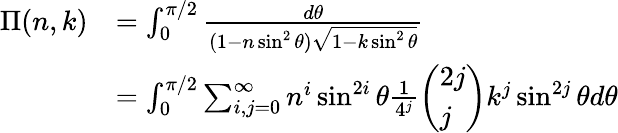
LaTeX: \begin{array}{rl}{\Pi(n,k)}&{=\int_{0}^{\pi/2}\frac{d\theta}{(1-n\sin^{2}\theta)\sqrt{1-k\sin^{2}\theta}}}\\ &{=\int_{0}^{\pi/2}\sum_{i,j=0}^{\infty}n^{i}\sin^{2i}\theta\frac{1}{4^{j}}\left(\begin{array}{l}{2j}\\ {j}\end{array}\right)k^{j}\sin^{2j}\theta d\theta}\end{array}